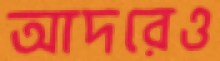
আদরেও